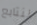
لنتابع